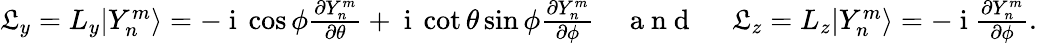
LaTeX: \begin{array}{r}{\mathfrak{L}_{y}=L_{y}|Y_{n}^{m}\rangle=-\mathrm{~i~}\cos\phi\frac{\partial Y_{n}^{m}}{\partial\theta}+\mathrm{~i~}\cot\theta\sin\phi\frac{\partial Y_{n}^{m}}{\partial\phi}\quad\mathrm{~a~n~d~\ }\quad\mathfrak{L}_{z}=L_{z}|Y_{n}^{m}\rangle=-\mathrm{~i~}\frac{\partial Y_{n}^{m}}{\partial\phi}.}\end{array}